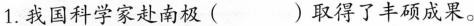
1.我国科学家赴南极( )取得了丰硕成果。